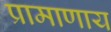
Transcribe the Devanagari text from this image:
प्रामाणाय